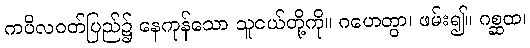
ကပိလဝတ်ပြည်၌ နေကုန်သော သူငယ်တို့ကို။ ဂဟေတွာ၊ ဖမ်း၍။ ဂစ္ဆထ၊